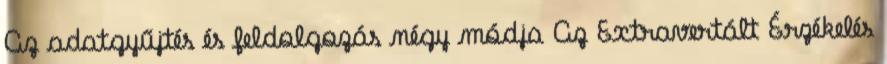
Az adatgyűjtés és feldolgozás négy módja Az Extravertált Érzékelés